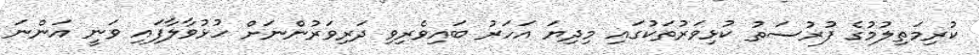
ކުރިމަތިލުމުގެ ފުރުސަތު ކުޅިވަރުތަކުގައި މިދިޔަ އަހަރު ބައިވެރިވި ދަރިވަރުންނަށް ހުޅުވާލާފައި ވަނީ އަންނަ